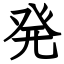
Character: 発